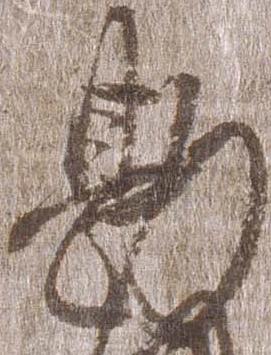
勘